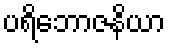
ပရိဘောဇနိယာ